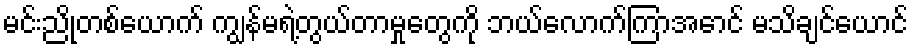
မင်းညိုတစ်ယောက် ကျွန်မရဲ့တွယ်တာမှုတွေကို ဘယ်လောက်ကြာအောင် မသိချင်ယောင်